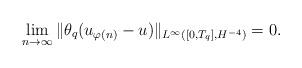
LaTeX: \begin{align*}\lim_{n\to \infty}\|\theta_q(u_{\varphi(n)}-u)\|_{L^\infty([0,T_q],H^{-4})}=0.\end{align*}